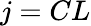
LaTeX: j=CL